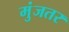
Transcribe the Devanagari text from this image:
मुंजतर